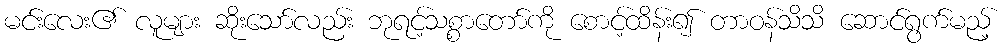
မင်းလေး၏ လူများ ဆိုးသော်လည်း ဘုရင့်သစ္စာတော်ကို စောင့်ထိန်း၍ တာဝန်သိသိ ဆောင်ရွက်မည့်